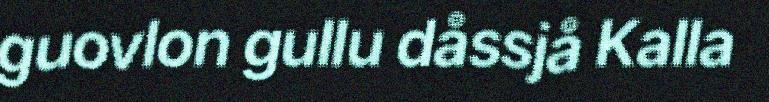
guovlon gullu dåssjå Kalla